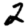
Digit: 2